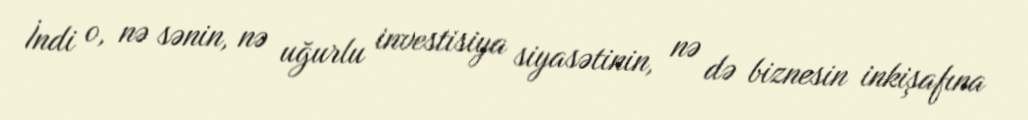
İndi o, nə sənin, nə uğurlu investisiya siyasətinin, nə də biznesin inkişafına